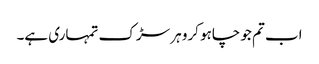
اب تم جو چاہو کرو ہر سڑک تمہاری ہے۔